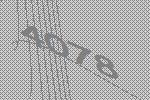
4078